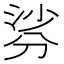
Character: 𭃹